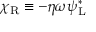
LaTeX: \chi _ { \mathrm { { R } } } \equiv - \eta \omega \psi _ { \mathrm { { L } } } ^ { * }